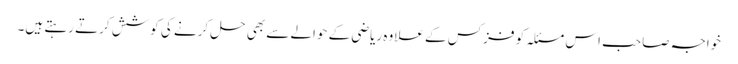
خواجہ صاحب اس مسئلہ کو فزکس کے علاوہ ریاضی کے حوالے سے بھی حل کرنے کی کوشش کرتے رہتے ہیں۔